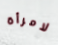
لامرأة